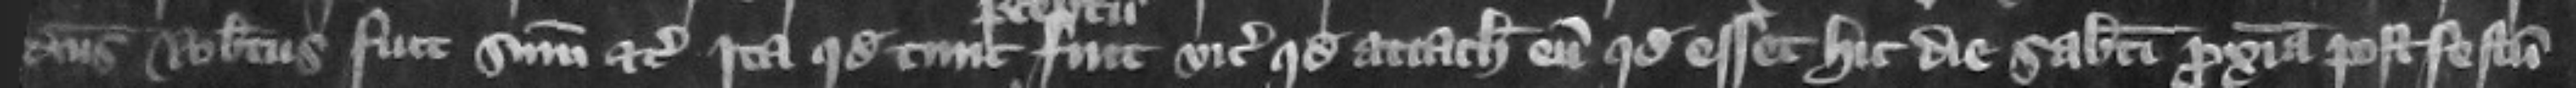
dictus Robertus fuit summonitus etc. Ita quod tunc preceptum fuit vicecomiti quod attachiaret eum quod esset hic die Sabati proxima post festum